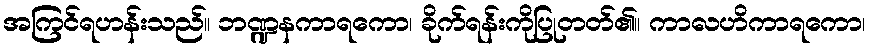
အကြင်ရဟန်းသည်။ ဘဏ္ဍနကာရကော၊ ခိုက်ရန်းကိုပြုတတ်၏။ ကာလဟိကာရကော၊